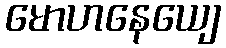
မောဟနေယျေ